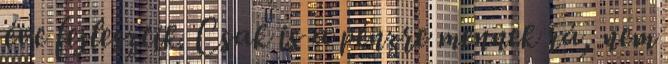
éve fejlesztik. Csak is a pénzre mennek rá, nem